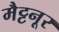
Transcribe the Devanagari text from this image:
मैट्टनूर